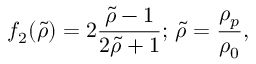
f _ { 2 } ( \tilde { \rho } ) = 2 \frac { \tilde { \rho } - 1 } { 2 \tilde { \rho } + 1 } ; \, \tilde { \rho } = \frac { \rho _ { p } } { \rho _ { 0 } } ,